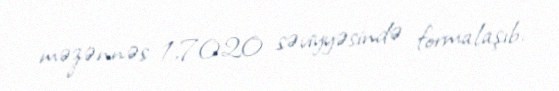
məzənnəs 1,7020 səviyyəsində formalaşıb.